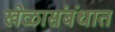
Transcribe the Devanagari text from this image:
खेळासंबंधात